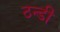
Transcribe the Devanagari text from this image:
ठन्डी